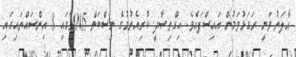
ޙާލަތު ވަނީ ރަގަޅުވަމުން އައިސްފައެވެ. އިގްތިޞާދީ ކުރިއެރުމުގެ ނިސްބަތް 2005ގައި 8 އިންސައްތައިގައި